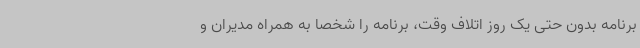
برنامه بدون حتی یک روز اتلاف وقت، برنامه را شخصا به همراه مدیران و